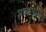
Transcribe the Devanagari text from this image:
प्रारूपाचे